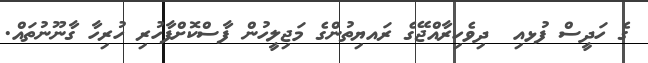
ގެ ހަދީސް ފުޅއި  ދިވެހިރާއްޖޭގެ ރައޔިތުންގެ މަޖިލީހުން ފާސްކޮށްފާހުރި ހުރިހާ ގާނޫނުތައް.